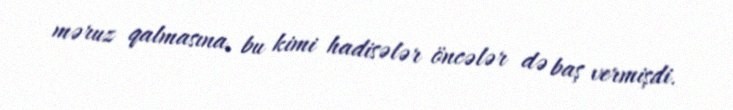
məruz qalmasına, bu kimi hadisələr öncələr də baş vermişdi.